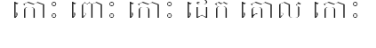
កោះ ពោះ កោះ ដែក គោល កោះ